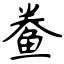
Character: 鲞